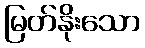
မြတ်နိုးသော